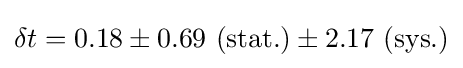
\delta t=0.18\pm 0.69\ (\mathrm {stat.} )\pm 2.17\ (\mathrm {sys.} )